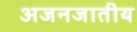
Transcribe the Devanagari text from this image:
अजनजातीय